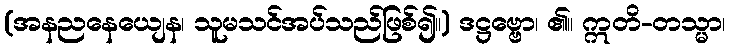
(အနညနေယျေန၊ သူမသင်အပ်သည်ဖြစ်၍။) ဒဋ္ဌဗ္ဗော၊ ၏။ ဣတိ-တသ္မာ၊